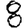
Digit: 8